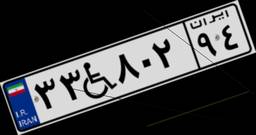
۳۳W۸۰۲۹۴